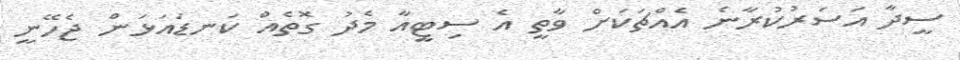
ސީދާ އަސަރުކުރާނެ އެއްޗަކަށް ވާތީ އެ ސިޓީއާ މެދު ގޮތެއް ކަނޑައަޅަން ޖެހޭނީ